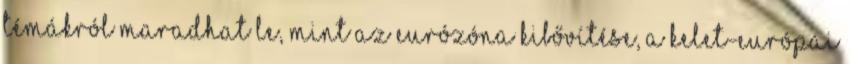
témákról maradhat le, mint az eurózóna kibővítése, a kelet-európai